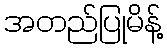
အတည်ပြုမိန့်